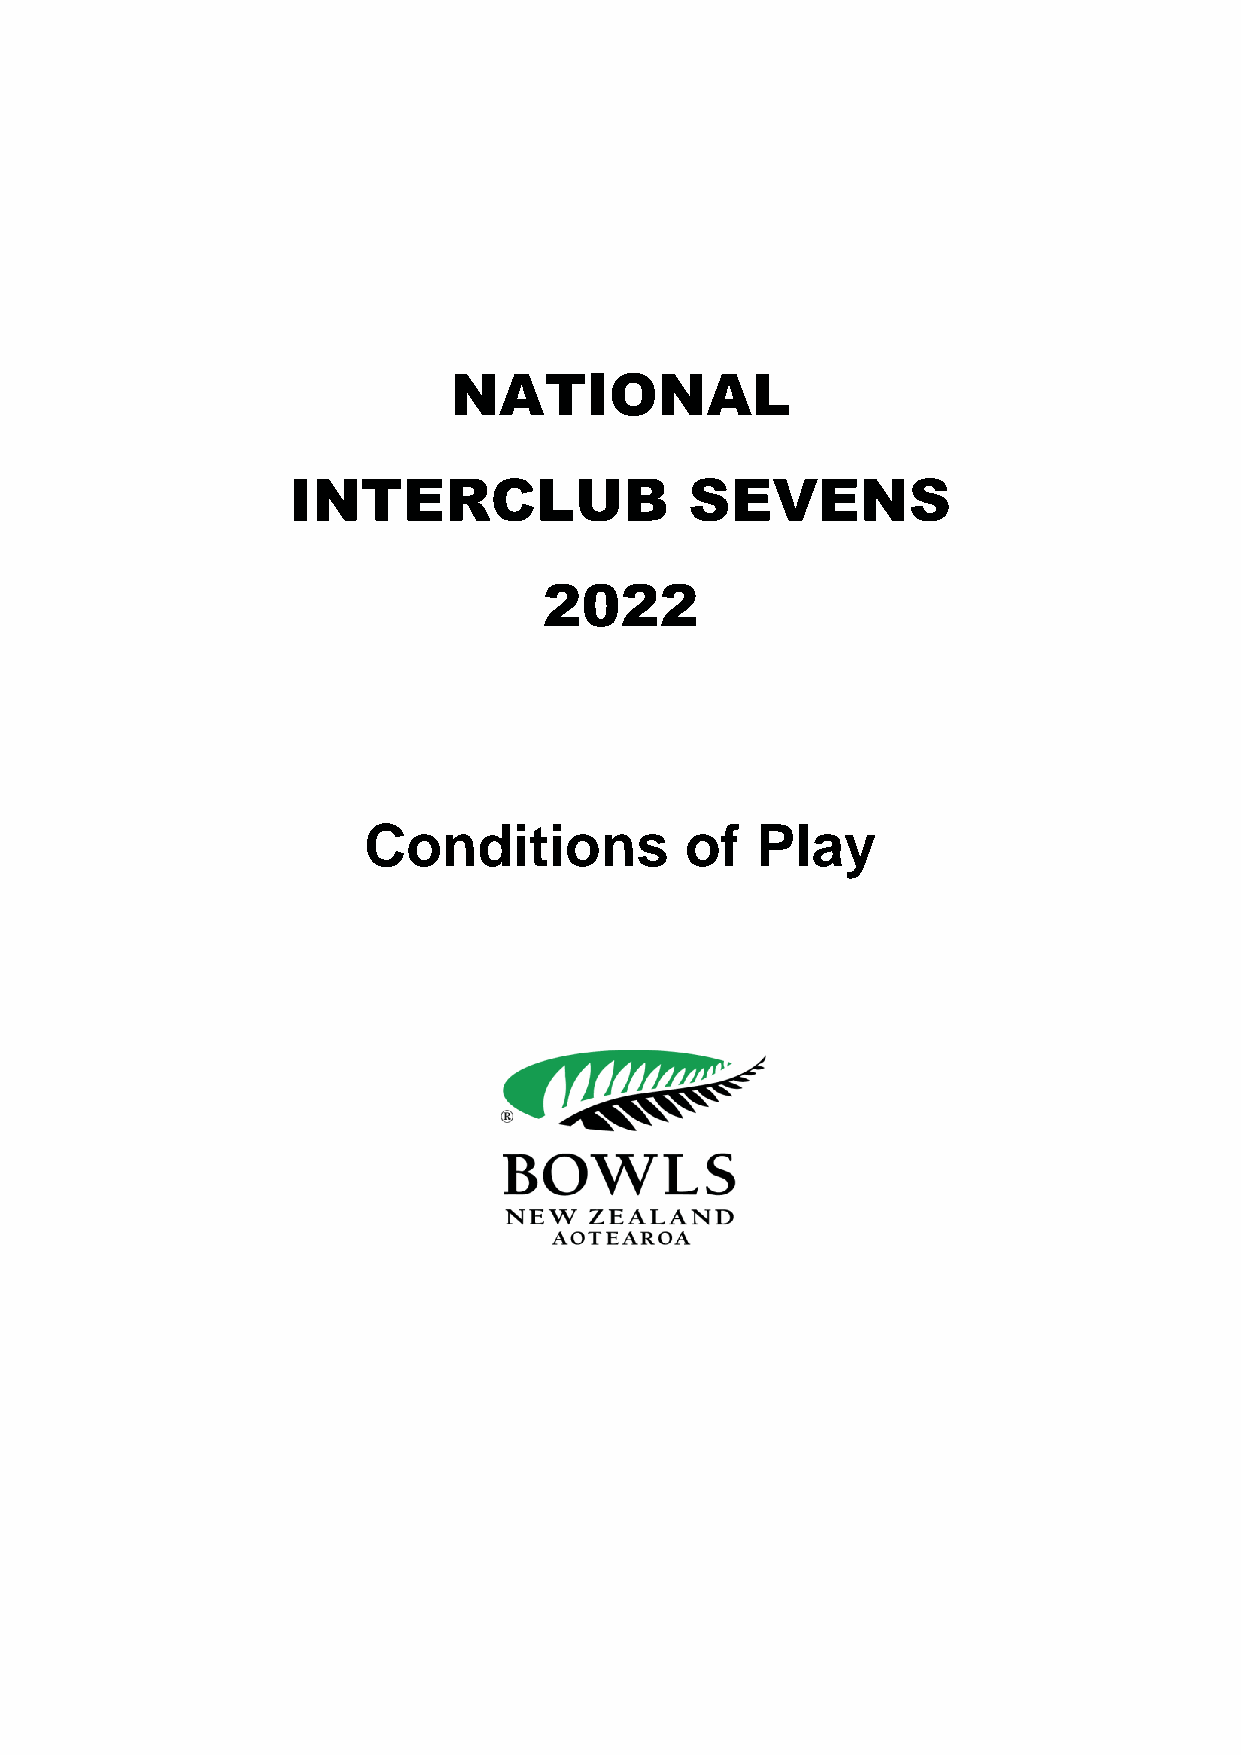
NATIONAL
 INTERCLUB                  SEVENS
 2022
 Conditions           of   Play